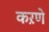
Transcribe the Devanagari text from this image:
कऱणे